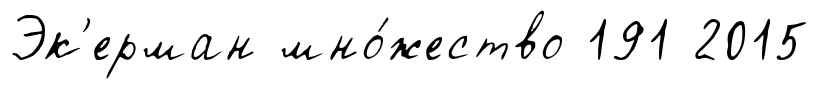
Эк'ерман мно́жество 191 2015